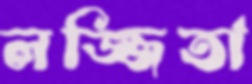
লজ্জিতা